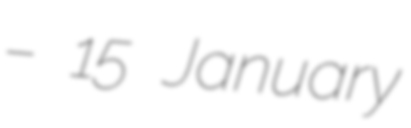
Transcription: – 15 January